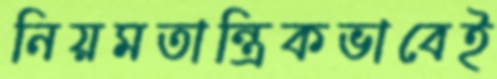
নিয়মতান্ত্রিকভাবেই